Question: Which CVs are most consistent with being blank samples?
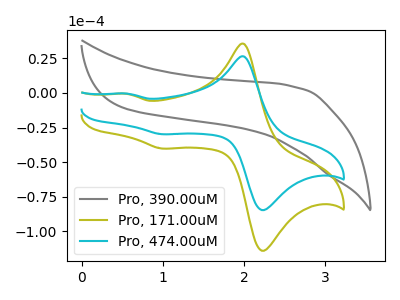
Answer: <think>The gray curve "Pro, 390.00uM" has no peaks. The olive curve "Pro, 171.00uM" has anodic peaks at (2.00V, 35.35uA) (0.55V, -0.75uA) and cathodic peaks at (2.25V, -112.95uA) (1.00V, -40.20uA). The cyan curve "Pro, 474.00uM" has anodic peaks at (2.00V, 26.25uA) (0.55V, -0.55uA) and cathodic peaks at (2.25V, -83.85uA) (1.00V, -29.85uA).</think>
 <answer>"Pro, 390.00uM" is likely to be a blank.</answer>
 <eval>Pro, 390.00uM</eval>